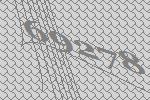
69278